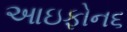
આઇફોન૬